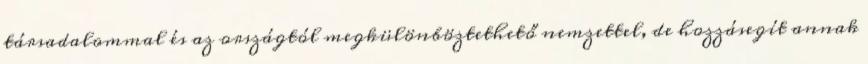
társadalommal és az országtól megkülönböztethető nemzettel, de hozzásegít annak